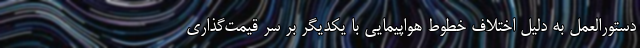
دستورالعمل به دلیل اختلاف خطوط هواپیمایی با یکدیگر بر سر قیمت‌گذاری